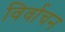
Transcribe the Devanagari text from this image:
विर्वाचन